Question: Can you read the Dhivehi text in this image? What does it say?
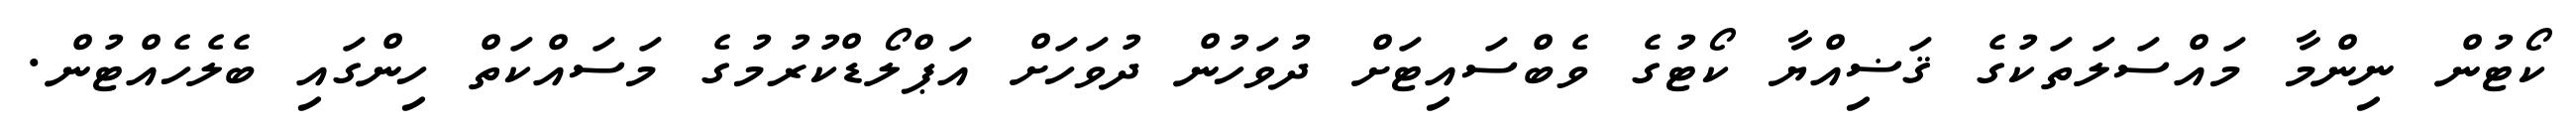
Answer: ކޯޓުން ނިންމާ މައްސަލަތަކުގެ ޤަޟިއްޔާ ކޯޓުގެ ވެބްސައިޓަށް ދުވަހުން ދުވަހަށް އަޕްލޯޑްކުރުމުގެ މަސައްކަތް ހިންގައި ބެލެހެއްޓުން.